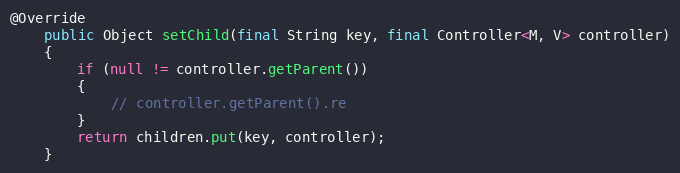
Language: Java
@Override
	public Object setChild(final String key, final Controller<M, V> controller)
	{
		if (null != controller.getParent())
		{
			// controller.getParent().re
		}
		return children.put(key, controller);
	}